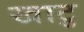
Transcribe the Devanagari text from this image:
खाटु